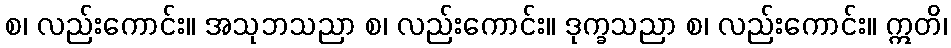
စ၊ လည်းကောင်း။ အသုဘသညာ စ၊ လည်းကောင်း။ ဒုက္ခသညာ စ၊ လည်းကောင်း။ ဣတိ၊